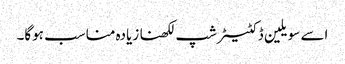
اسے سویلین ڈکٹیٹرشپ لکھنا زیادہ مناسب ہوگا۔